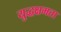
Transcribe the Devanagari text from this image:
युद्धक्षमता